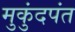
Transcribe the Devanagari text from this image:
मुकुंदपंत